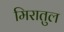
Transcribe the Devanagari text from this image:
मिरातुल